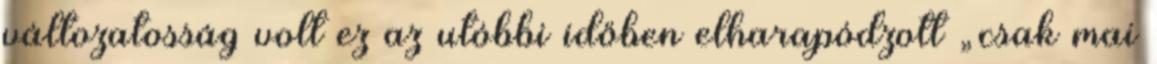
változatosság volt ez az utóbbi időben elharapódzott „csak mai